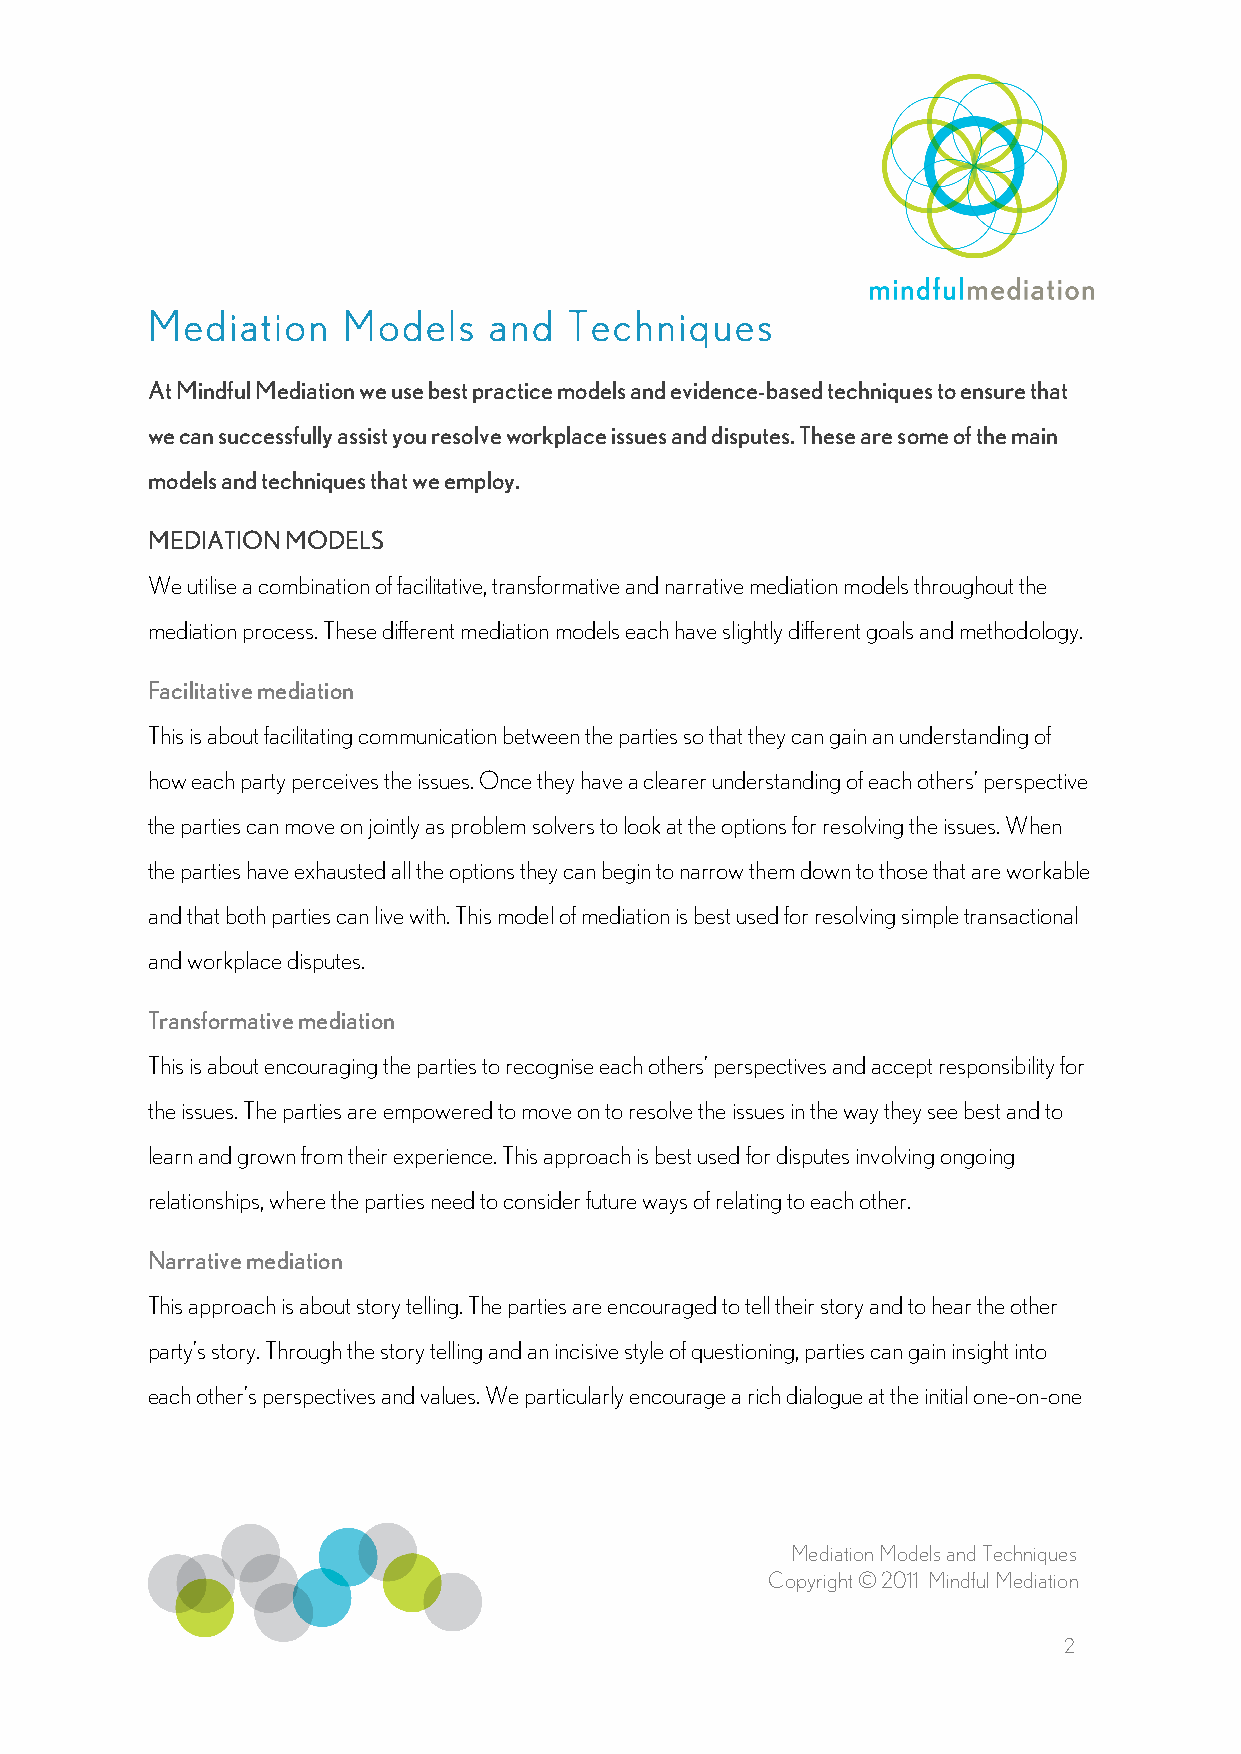
Mediation    Models   and   Techniques
 At Mindful Mediation we use best practice models and evidence-based techniques to ensure that
 we can successfully assist you resolve workplace issues and disputes. These are some of the main
 models and techniques that we employ.
 MEDIATION MODELS
 We utilise a combination of facilitative, transformative and narrative mediation models throughout the
 mediation process. These different mediation models each have slightly different goals and methodology.
 Facilitative mediation
 This is about facilitating communication between the parties so that they can gain an understanding of
 how each party perceives the issues. Once they have a clearer understanding of each others’ perspective
 the parties can move on jointly as problem solvers to look at the options for resolving the issues. When
 the parties have exhausted all the options they can begin to narrow them down to those that are workable
 and that both parties can live with. This model of mediation is best used for resolving simple transactional
 and workplace disputes.
 Transformative mediation
 This is about encouraging the parties to recognise each others’ perspectives and accept responsibility for
 the issues. The parties are empowered to move on to resolve the issues in the way they see best and to
 learn and grown from their experience. This approach is best used for disputes involving ongoing
 relationships, where the parties need to consider future ways of relating to each other.
 Narrative mediation
 This approach is about story telling. The parties are encouraged to tell their story and to hear the other
 party’s story. Through the story telling and an incisive style of questioning, parties can gain insight into
 each other’s perspectives and values. We particularly encourage a rich dialogue at the initial one-on-one
 Mediation Models and Techniques
 Copyright © 2011 Mindful Mediation
 2